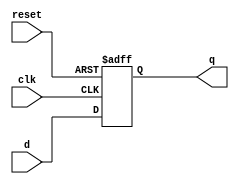
module d_flip_flop (
    input wire clk,       // Clock input
    input wire reset,     // Asynchronous reset input
    input wire d,         // Data input
    output reg q          // Data output
);

// Always block with negative edge sensitivity
always @(negedge clk or posedge reset) begin
    if (reset) begin
        // Asynchronous reset: set output to 0
        q <= 1'b0; // Initialize output to 0 on reset
    end else begin
        // Capture data on the falling edge of the clock
        q <= d; // Assign input data to output
    end
end

endmodule